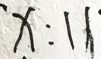
x : 1 1 \cdot